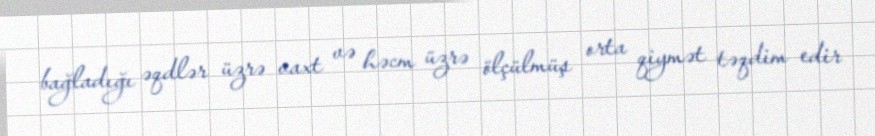
bağladığı əqdlər üzrə vaxt və həcm üzrə ölçülmüş orta qiymət təqdim edir